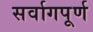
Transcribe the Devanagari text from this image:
सर्वागपूर्ण